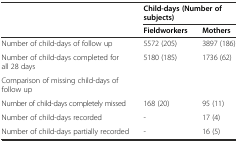
<table><thead><tr><td></td><td colspan="2"><b>Child-days (Number of subjects)</b></td></tr><tr><td></td><td><b>Fieldworkers</b></td><td><b>Mothers</b></td></tr></thead><tbody><tr><td>Number of child-days of follow up</td><td>5572 (205)</td><td>3897 (186)</td></tr><tr><td>Number of child-days completed for all 28 days</td><td>5180 (185)</td><td>1736 (62)</td></tr><tr><td>Comparison of missing child-days of follow up</td><td></td><td></td></tr><tr><td>Number of child-days completely missed</td><td>168 (20)</td><td>95 (11)</td></tr><tr><td>Number of child-days recorded</td><td>-</td><td>17 (4)</td></tr><tr><td>Number of child-days partially recorded</td><td>-</td><td>16 (5)</td></tr></tbody></table>